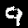
Digit: 9